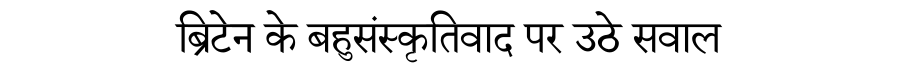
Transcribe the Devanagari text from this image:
ब्रिटेन के बहुसंस्कृतिवाद पर उठे सवाल